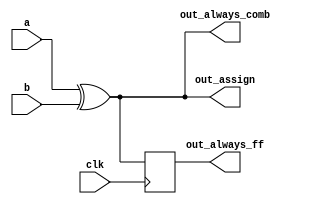
module top_module(
    input clk,
    input a,
    input b,
    output wire out_assign,
    output reg out_always_comb,
    output reg out_always_ff
);

assign out_assign = a ^ b;
always @(*)
    out_always_comb = a ^ b;
always @(posedge clk)
    out_always_ff <= a ^ b;

endmodule